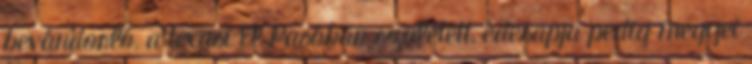
bevándorló, a texasi El Pasóban született, édesapja pedig megyei